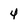
Character: 4